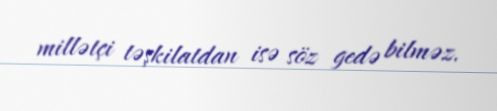
millətçi təşkilatdan isə söz gedə bilməz.